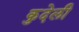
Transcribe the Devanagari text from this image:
कुदेली